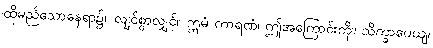
ထိုမည်သောနေရာ၌။ လျင်စွာလျှင်။ ဣမံ ကာရဏံ၊ ဤအကြောင်းကို။ သိက္ခာပေယျ၊